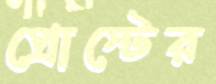
প্রোস্টের